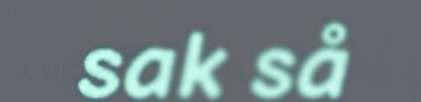
sak så